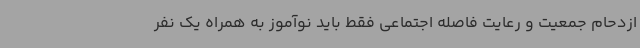
ازدحام جمعیت و رعایت فاصله اجتماعی فقط باید نوآموز به همراه یک نفر